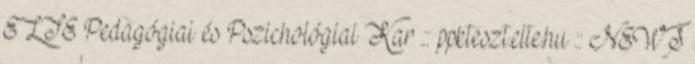
ELTE Pedagógiai és Pszichológiai Kar .:: ppkteszt.elte.hu :: NEWS